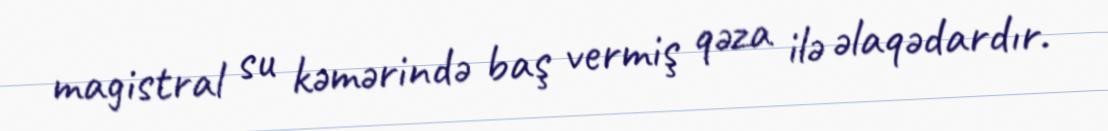
magistral su kəmərində baş vermiş qəza ilə əlaqədardır.